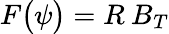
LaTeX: F\big(\psi\big)=R\: B_{T}